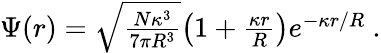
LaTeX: \begin{array}{r}{\Psi(r)=\sqrt{\frac{N\kappa^{3}}{7\pi R^{3}}}{\left(1+\frac{\kappa r}{R}\right)}e^{-\kappa r/R}~.}\end{array}